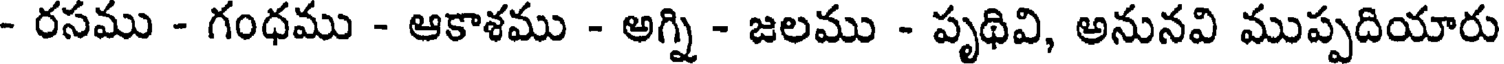
- రసము - గంధము - ఆకాశము - అగ్ని - జలము - పృథివి, అనునవి ముప్పదియారు